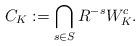
LaTeX: \begin{align*}C_K:=\bigcap_{s\in S}R^{-s}W_K^c .\end{align*}